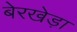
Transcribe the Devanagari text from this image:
बेरखेड़ा